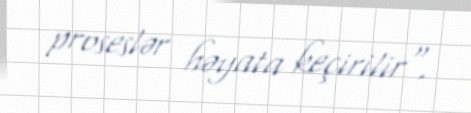
proseslər həyata keçirilir".